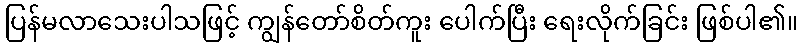
ပြန်မလာသေးပါသဖြင့် ကျွန်တော်စိတ်ကူး ပေါက်ပြီး ရေးလိုက်ခြင်း ဖြစ်ပါ၏။